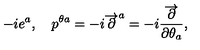
- i e ^ { a } , \quad p ^ { \theta a } = - i \overrightarrow { \partial } ^ { a } = - i \frac { \overrightarrow { \partial } } { \partial \theta _ { a } } ,